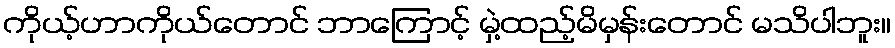
ကိုယ့်ဟာကိုယ်တောင် ဘာကြောင့် မှဲ့ထည့်မိမှန်းတောင် မသိပါဘူး။